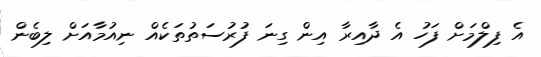
އެ ފިލްމަށް ފަހު އެ ދާއިރާ އިން ގިނަ ފުރުސަތުތަކެއް ނިއުމާއަށް ލިބެން